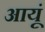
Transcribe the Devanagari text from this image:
आयूं